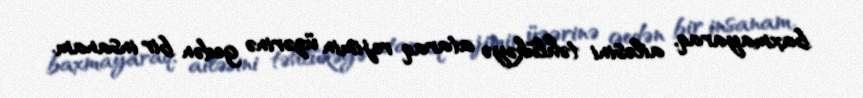
baxmayaraq, ailəsini təhlükəyə ataraq rejimin üzərinə gedən bir insanam.